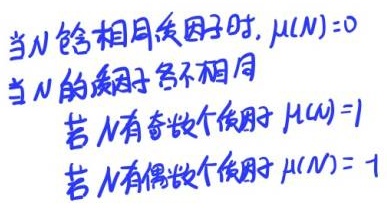
当\(N\)含相同质因子时，\(\mu(N)=0\)；当\(N\)的质因子各不相同，若\(N\)有奇数个质因子，\(\mu(N)= - 1\)；若\(N\)有偶数个质因子，\(\mu(N)=1\)。